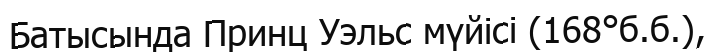
Батысында Принц Уэльс мүйісі (168°б.б.),